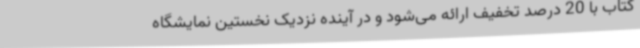
کتاب با 20 درصد تخفیف ارائه می‌شود و در آینده نزدیک نخستین نمایشگاه